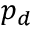
p _ { d }